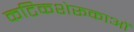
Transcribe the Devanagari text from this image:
कटिकशेरूकाओं